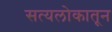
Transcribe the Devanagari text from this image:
सत्यलोकातून